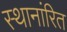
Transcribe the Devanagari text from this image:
स्थानांरित